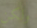
ولكن